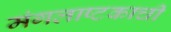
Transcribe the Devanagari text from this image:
मंगलाष्टकाची